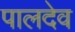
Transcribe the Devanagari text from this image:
पालदेव